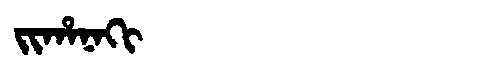
Manchu: ᠵᡳᡥᠠᠨᠠᡴᡳ
Romanization: JIHANAKI